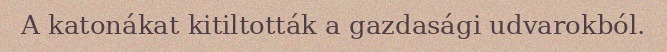
A katonákat kitiltották a gazdasági udvarokból.